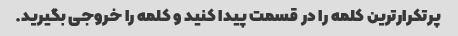
پرتکرارترین کلمه را در قسمت پیدا کنید و کلمه را خروجی بگیرید.